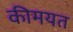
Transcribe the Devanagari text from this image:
कीमयत